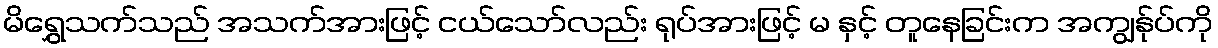
မိရွှေသက်သည် အသက်အားဖြင့် ငယ်သော်လည်း ရုပ်အားဖြင့် မ နှင့် တူနေခြင်းက အကျွန်ုပ်ကို